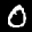
Label: 0